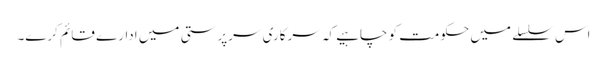
اس سلسلے میں حکومت کو چاہیے کہ سرکاری سرپرستی میں ادارے قائم کرے۔